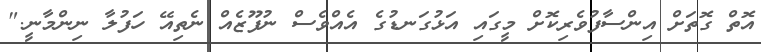
އޮތް ގޮތަށް އިންސާފުވެރިކޮށް މީގައި އަޅުގަނޑުގެ އެއްވެސް ނުފޫޒެއް ނެތިއޭ ހަފުލާ ނިންމާނީ."